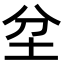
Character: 坌